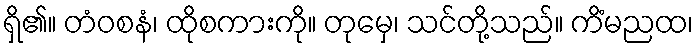
ရှိ၏။ တံဝစနံ၊ ထိုစကားကို။ တုမှေ၊ သင်တို့သည်။ ကိံမညထ၊